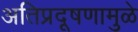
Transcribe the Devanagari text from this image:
अतिप्रदूषणामुळे